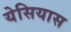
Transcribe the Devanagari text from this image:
येसियास